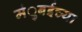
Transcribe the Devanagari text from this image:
मंुबईच्या